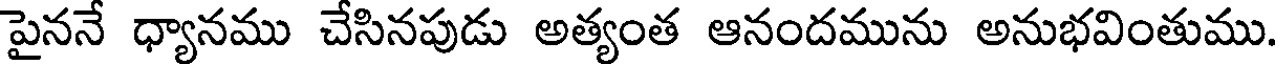
పైననే ధ్యానము చేసినపుడు అత్యంత ఆనందమును అనుభవింతుము